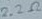
Text: 22Ω